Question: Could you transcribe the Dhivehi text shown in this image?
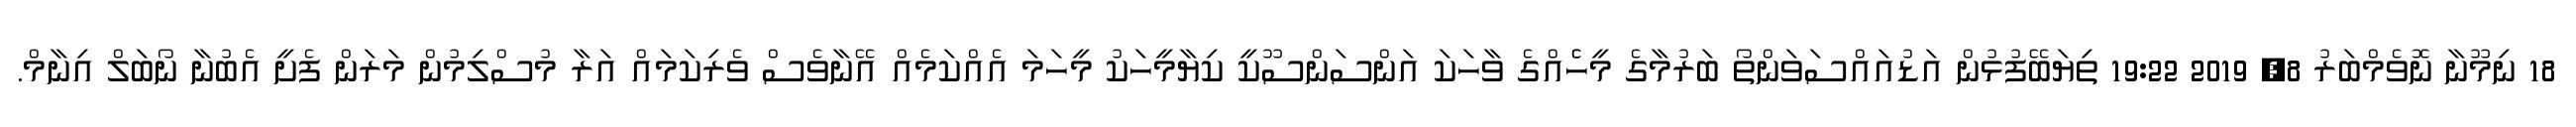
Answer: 18 ނިމޫނާ ނޮވެމްބަރު 8, 2019 19:22 ތިޔަބޭފުޅުން އަޑުއައްސަވަންތޯ ބަރުމާގެ މީހެެއްގެ ވާހަކަ އަންސަންސޫކީ ކިޔާމީހަކު މީހަމަ އެއްކަމެއް އޭނާވެސް ވެރިކަމައް އަރާ މުސްލިމުން މަރަން ފެށީ އެބުނާ ނޯބަލް އިނާމް.